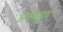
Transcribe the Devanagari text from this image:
अक्ष्क्षुण